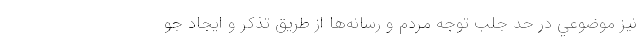
نيز موضوعي در حد جلب توجه مردم و رسانه‌ها از طريق تذكر و ايجاد جو